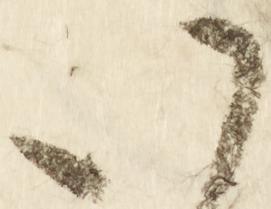
八